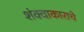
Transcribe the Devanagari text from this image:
शंक्वाकाराचे